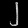
Digit: ၂